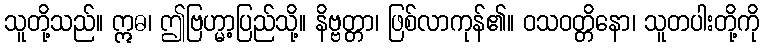
သူတို့သည်။ ဣဓ၊ ဤဗြဟ္မာ့ပြည်သို့။ နိဗ္ဗတ္တာ၊ ဖြစ်လာကုန်၏။ ဝသဝတ္တိနော၊ သူတပါးတို့ကို